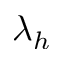
\lambda _ { h }